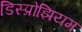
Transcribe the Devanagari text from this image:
डिस्प्रोझियम